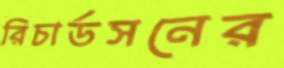
রিচার্ডসনের